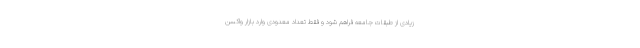
زیادی از طبقات جامعه فراهم شود و فقط تعداد معدودی وارد بازار واکسن